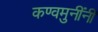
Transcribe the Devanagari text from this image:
कण्वमुनींनी